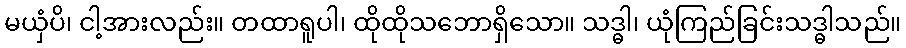
မယှံပိ၊ ငါ့အားလည်း။ တထာရူပါ၊ ထိုထိုသဘောရှိသော။ သဒ္ဓါ၊ ယုံကြည်ခြင်းသဒ္ဓါသည်။